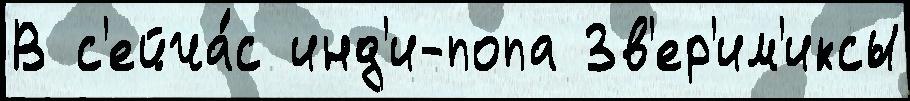
В с'ейча́с инд'и-попа Зв'ер'им'иксы